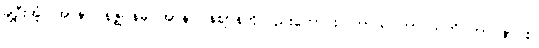
ချဲ့ဦးအံ့။ အာနာပါနဇ္ဈာနမ္ပိ၊ အာနာပါနဈာန်ကိုလည်းကောင်း။ ကာယဂတာ သတိ ဘာဝနာ စ၊